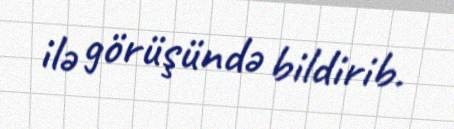
ilə görüşündə bildirib.